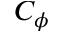
C _ { \phi }